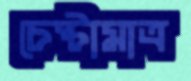
চেষ্টামাত্র